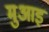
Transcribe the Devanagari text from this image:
मुआइ